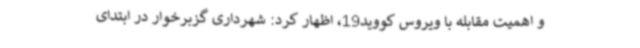
و اهمیت مقابله با ویروس کووید19، اظهار کرد: شهرداری گزبرخوار در ابتدای